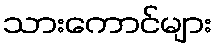
သားကောင်များ